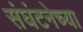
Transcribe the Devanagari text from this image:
संघंटनेच्या